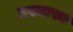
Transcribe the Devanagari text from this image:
तपमास्य